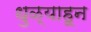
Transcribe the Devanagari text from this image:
धुळ्याहून